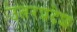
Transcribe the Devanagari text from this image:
उतरप्रदेश